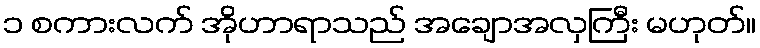
၁ စကားလက် အိုဟာရာသည် အချောအလှကြီး မဟုတ်။